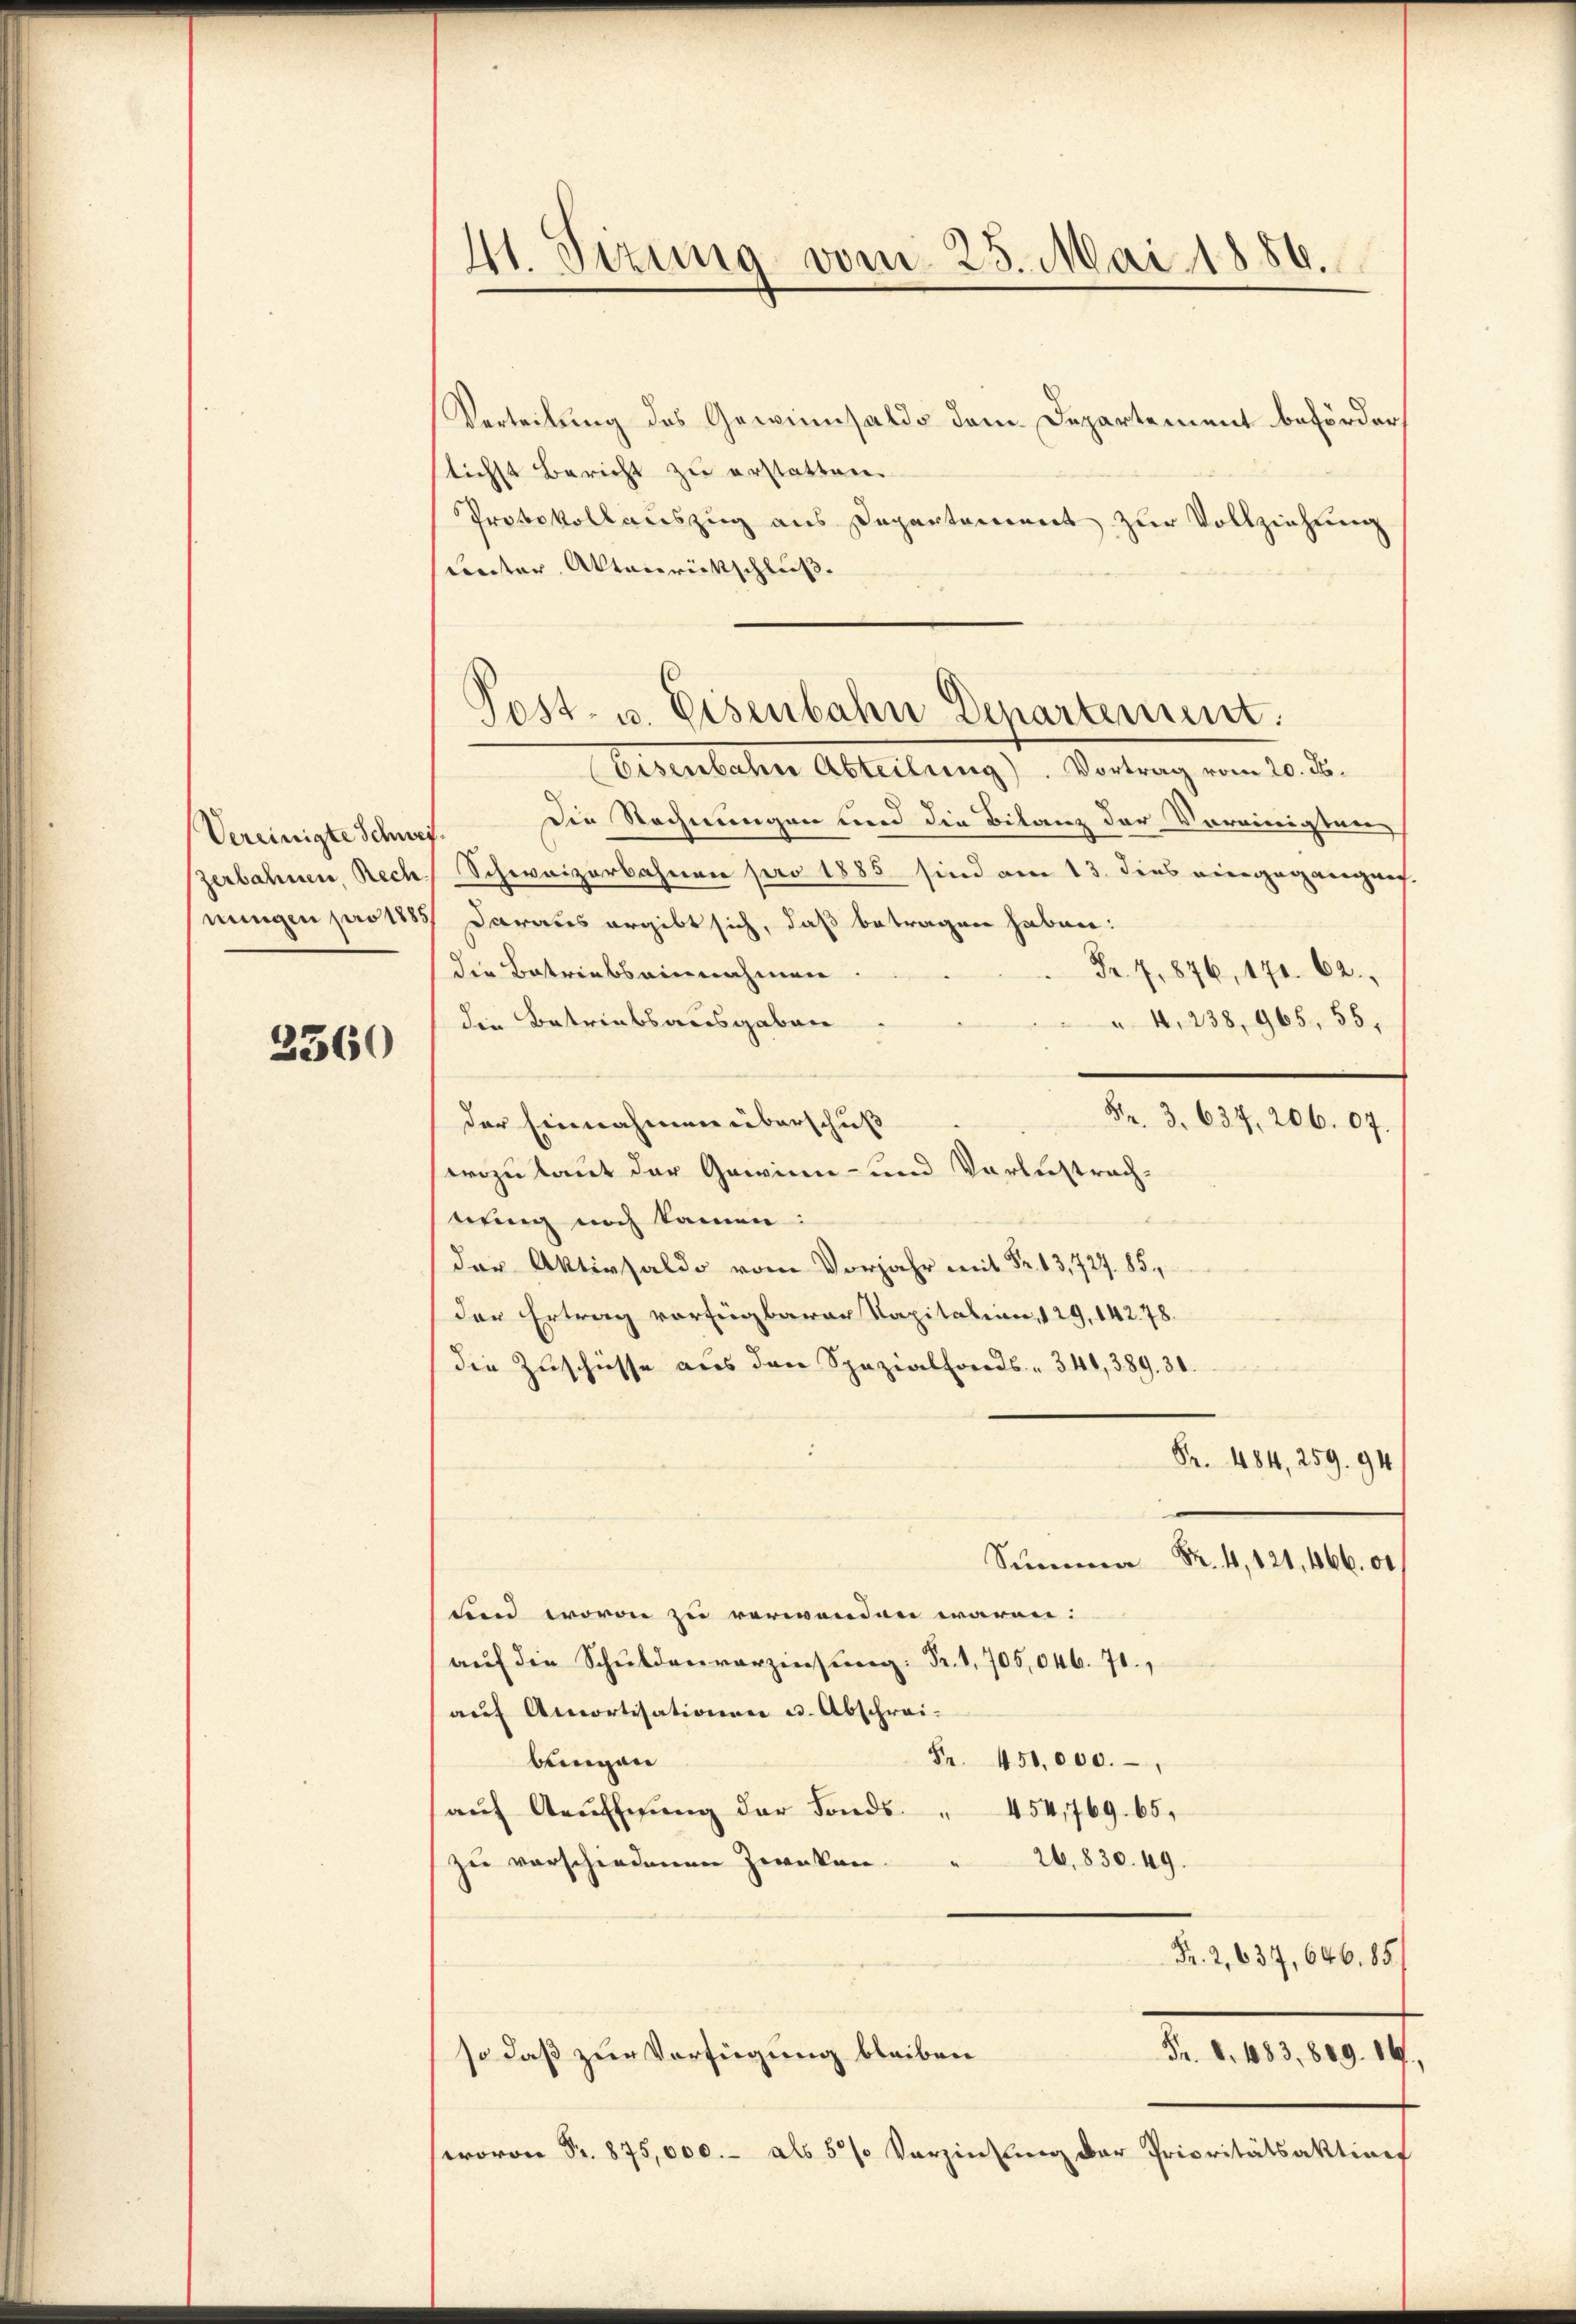
Vereinigte Schwei

2360

41. Sizung vom 25. Mai 1886.

Verteilung des Gewinnsaldo dem Departement beförderstichst Bericht zu erstatten.
Protokollauszug aus Departement zur Vollziehung
unter Aktenrückschluß
Eisenbahn Abteilung). Vortrag vom 20. d.
Die Rechnungen und die Bilanz der Voreinigten,
zerbahnen, Rech, Schweizerbahnen pro 1885 sind am 13. dies eingegangens
hnungen pro 1883 daraus ergibt sich, daß betragen haben:
die Betriebs einnahmen
Fr. 7876, 171. 62.
die Betriebsausgaben
4, 238, 965, 55.
Fr. 3. 637. 206. 07.
der Einnahmen überschuß
wozu laut der Gewinn- und Verlustrachbring noch kamen:
der Aktivsaldo vom Vorjahr mit Fr. 13,727. 85,
der Ertrag vorfügbarer Kapitation, 129, 142. 78.
die Zuschiesse aus den Spezialfonds. " 340, 389. 30.
Fr. 484, 259. 94.
Summa Fr. 4, 121, 466. 00
Fend, wovon zu verwenden wären.
aŭf die Schuldenverzinsung: Fr. 1, 705,046. 71.
auf Amortisationen u. Abschrei-
bungen
Fr. 450,000.
aŭf Aŭfhnŭng der Fonds " 454,769. 65,
26,830. 49.
zu verschiedenen Zwecken.
Fr. 2, 637, 646. 85
so daß zur Verfügung bleiben
Fr. 8. 483, 809. 14.,
wovon Fr. 875,000.- als 5 % Verzinsung der Prioritätsaktinef

Post- u. Eisenbahn Departement.